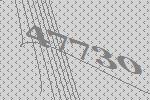
47730